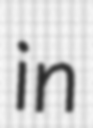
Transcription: in